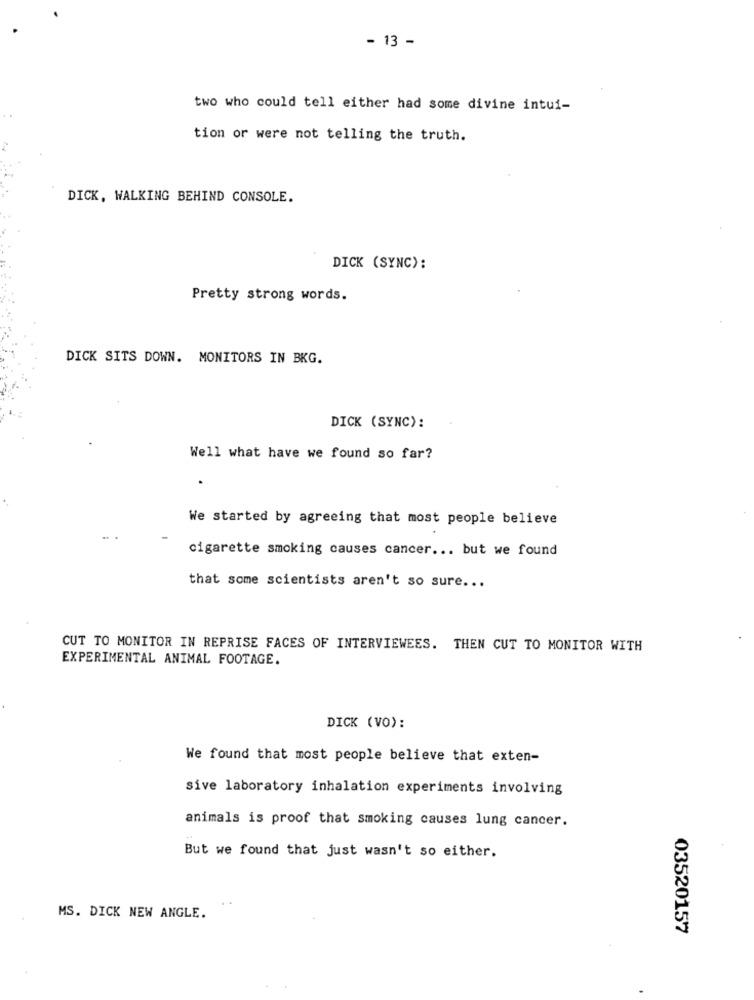
- 13 -
two who could tell either had some divine intui-
tion or were not telling the truth.
DICK, WALKING BEHIND CONSOLE.
DICK (SYNC):
Pretty strong words.
DICK SITS DOWN. MONITORS IN BKG.
DICK (SYNC):
Well what have we found so far?
We started by agreeing that most people believe
cigarette smoking causes cancer ... but we found
that some scientists aren't so sure ...
CUT TO MONITOR IN REPRISE FACES OF INTERVIEWEES. THEN CUT TO MONITOR WITH
EXPERIMENTAL ANIMAL FOOTAGE.
DICK (VO):
We found that most people believe that exten-
sive laboratory inhalation experiments involving
animals is proof that smoking causes lung cancer.
But we found that just wasn't so either.
MS. DICK NEW ANGLE.
03520157